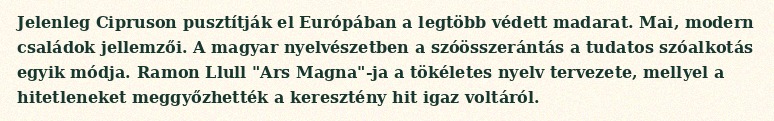
Jelenleg Cipruson pusztítják el Európában a legtöbb védett madarat. Mai, modern családok jellemzői. A magyar nyelvészetben a szóösszerántás a tudatos szóalkotás egyik módja. Ramon Llull "Ars Magna"-ja a tökéletes nyelv tervezete, mellyel a hitetleneket meggyőzhették a keresztény hit igaz voltáról.